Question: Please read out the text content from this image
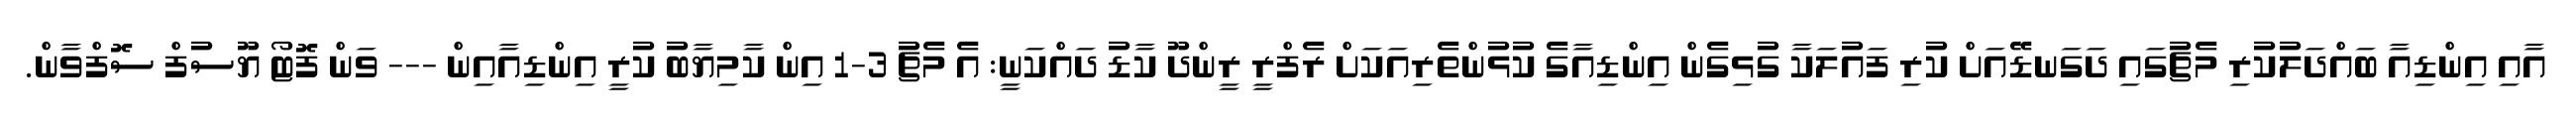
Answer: އާއި އިންޑިއާ ބައްދަލުކުރި މެޗުގައި ދަގަނޑޭއަށް ކުރި ފައުލަކާ ގުޅިގެން އިންޑިއާގެ ކުޅުންތެރިއަކަށް ރެފްރީ ރީންދޫ ކާޑު ދައްކަނީ: އެ މެޗު 3-1 އިން ކާމިޔާބު ކުރީ އިންޑިއާއިން --- ވަން ފޮޓޯ ޔޫސުފް ސޮފްވާން.